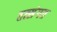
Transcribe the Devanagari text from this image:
तत्संगत